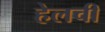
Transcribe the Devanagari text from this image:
हेलची